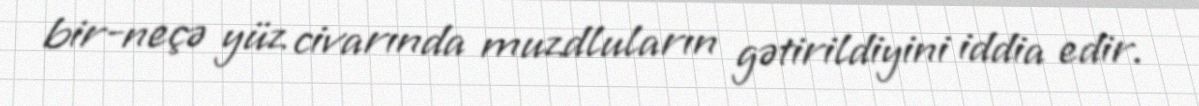
bir-neçə yüz civarında muzdluların gətirildiyini iddia edir.